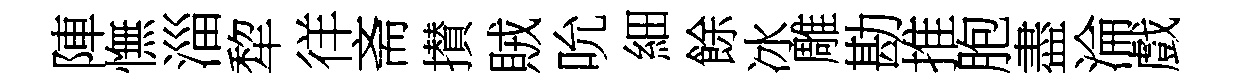
陣憮淄犂徉斋攅賊吮細餘冰雕勘推胞盡淪戲